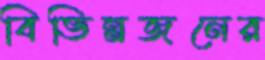
বিভিন্নজনের